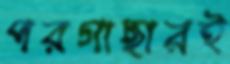
পরগাছারই